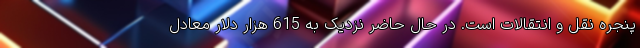
پنجره نقل و انتقالات است. در حال حاضر نزدیک به 615 هزار دلار معادل